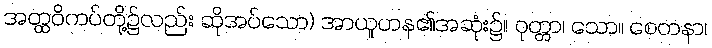
အတ္ထဝိကပ်တို့၌လည်း ဆိုအပ်သော) အာယူဟန၏အဆုံး၌။ ဝုတ္တာ၊ သော။ စေတနာ၊